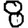
Digit: 8